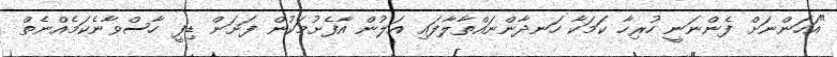
"އަހަންނަށް ފެންނަނީ ހުރިހާ ކަމަކާ ހަނދާންނައްތާލާފައި އަލުން އާފެށުމަކުން ފަށަން ޑިފީ ހާސްވާނެކަމެއްނެތް